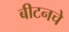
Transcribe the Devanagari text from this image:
बीटनचे